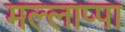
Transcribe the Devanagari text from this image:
मल्लाप्पा